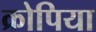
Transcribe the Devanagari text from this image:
क्रोपिया